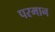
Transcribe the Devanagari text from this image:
परमान